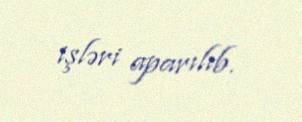
işləri aparılıb.